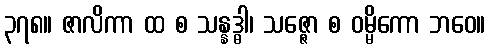
၃၇၈။ ဇာလိကာ ထ စ သန္နဒ္ဓါ၊ သဇ္ဇော စ ဝမ္မိကော ဘဝေ။